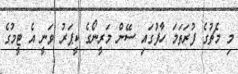
މި މެޗުގެ ފުރަތަމަ ހާފުގައި ސޭން މަރީނޯގެ ކީޕަރު ވަނީ އެ ޓީމުގެ